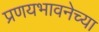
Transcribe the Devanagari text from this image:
प्रणयभावनेच्या